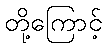
တို့ကြောင့်